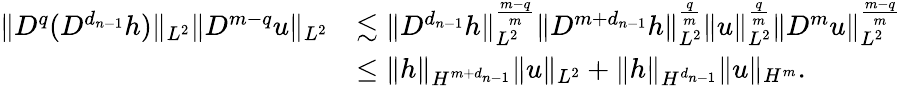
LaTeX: \begin{array}{rl}{\| D^{q}(D^{d_{n-1}}h)\| _{L^{2}}\| D^{m-q}u\| _{L^{2}}}&{\lesssim\| D^{d_{n-1}}h\| _{L^{2}}^{\frac{m-q}{m}}\| D^{m+d_{n-1}}h\| _{L^{2}}^{\frac{q}{m}}\| u\| _{L^{2}}^{\frac{q}{m}}\| D^{m}u\| _{L^{2}}^{\frac{m-q}{m}}}\\ &{\leq\| h\| _{H^{m+d_{n-1}}}\| u\| _{L^{2}}+\| h\| _{H^{d_{n-1}}}\| u\| _{H^{m}}.}\end{array}